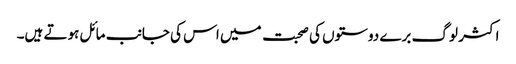
اکثر لوگ برے دوستوں کی صحبت میں اس کی جانب مائل ہوتے ہیں۔